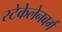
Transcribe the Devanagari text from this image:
स्टेकेलेनबर्ग